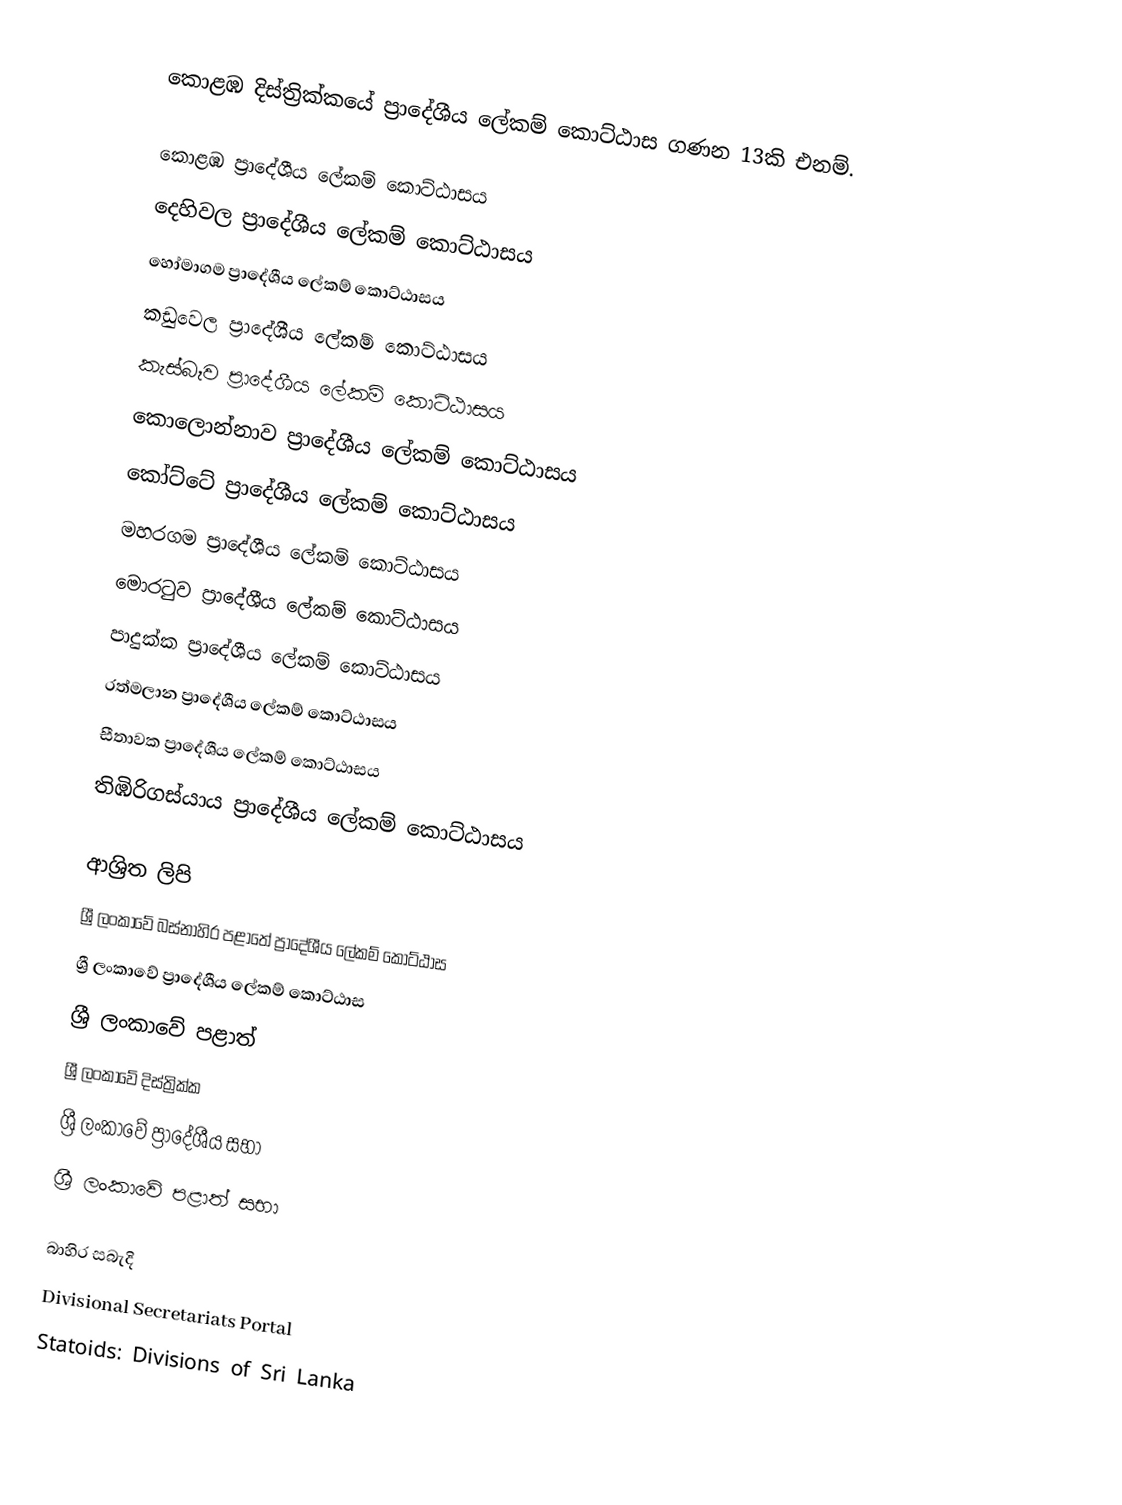
කොළඹ දිස්ත්‍රික්කයේ ප්‍රාදේශීය ලේකම් කොට්ඨාස ගණන 13කි එනම්.

 කොළඹ ප්‍රාදේශීය ලේකම් කොට්ඨාසය
 දෙහිවල ප්‍රාදේශීය ලේකම් කොට්ඨාසය
 හෝමාගම ප්‍රාදේශීය ලේකම් කොට්ඨාසය
 කඩුවෙල ප්‍රාදේශීය ලේකම් කොට්ඨාසය
 කැස්බෑව ප්‍රාදේශීය ලේකම් කොට්ඨාසය
 කොලොන්නාව ප්‍රාදේශීය ලේකම් කොට්ඨාසය
 කෝට්ටේ ප්‍රාදේශීය ලේකම් කොට්ඨාසය
 මහරගම ප්‍රාදේශීය ලේකම් කොට්ඨාසය
 මොරටුව ප්‍රාදේශීය ලේකම් කොට්ඨාසය
 පාදුක්ක ප්‍රාදේශීය ලේකම් කොට්ඨාසය
 රත්මලාන ප්‍රාදේශීය ලේකම් කොට්ඨාසය
 සීතාවක ප්‍රාදේශීය ලේකම් කොට්ඨාසය
 තිඹිරිගස්යාය ප්‍රාදේශීය ලේකම් කොට්ඨාසය

ආශ්‍රිත ලිපි
 ශ්‍රී ලංකාවේ බස්නාහිර පළාතේ ප්‍රාදේශීය ලේකම් කොට්ඨාස
 ශ්‍රී ලංකාවේ ප්‍රාදේශීය ලේකම් කොට්ඨාස
 ශ්‍රී ලංකාවේ පළාත්
 ශ්‍රී ලංකාවේ දිස්ත්‍රික්ක
 ශ්‍රී ලංකාවේ ප්‍රාදේශීය සභා
 ශ්‍රී ලංකාවේ පළාත් සභා

බාහිර සබැදි
 Divisional Secretariats Portal
 Statoids: Divisions of Sri Lanka